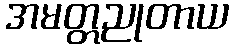
အမတ္တညုတာယ